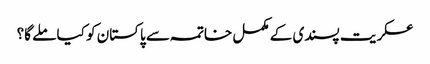
عسکریت پسندی کے مکمل خاتمہ سے پاکستان کو کیا ملے گا؟